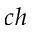
c h